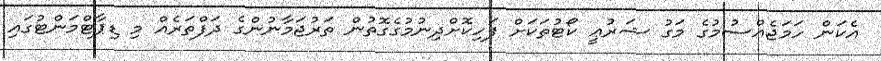
އެކަން ހަމަޖެއްސުމުގެ މަގު ޝަރުޢީ ކޯޓުތަކަށް ފަހިކޮށްދިނުމުގެގޮތުން ތަރުޖަމާނުންގެ ދަފްތަރެއް މި ޑިޕާޓްމަންޓުގައި